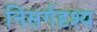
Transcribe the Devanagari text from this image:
निसर्गदृश्य